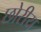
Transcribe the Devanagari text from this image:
छोरीय